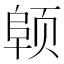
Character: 𬱪